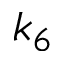
k _ { 6 }